Vaccination report Assam 1874-1896 - 1874-1896
Year: 1874
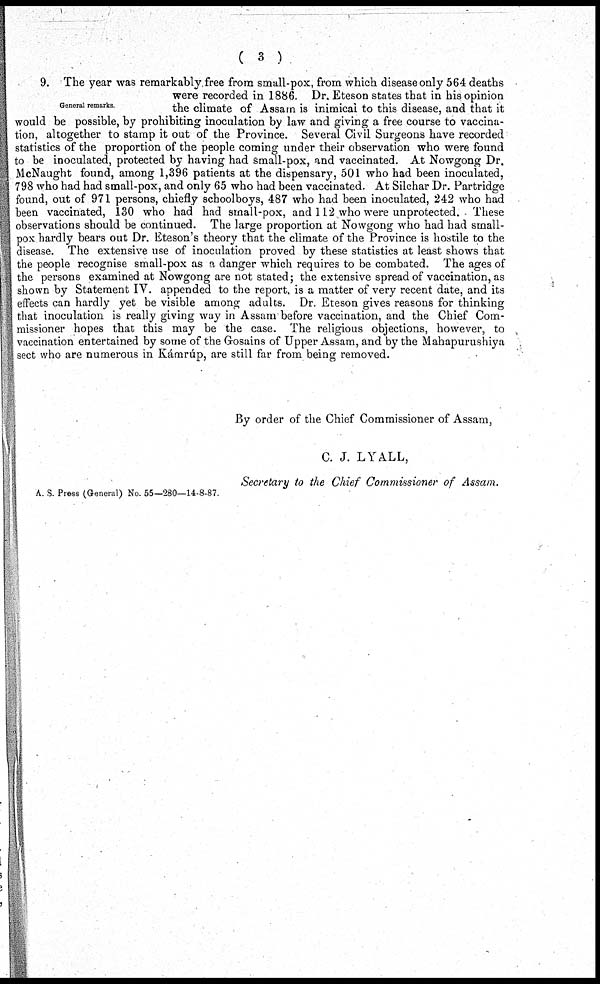
(3)
General remarks.
9. The year was remarkably free from small-pox, from which disease only 564 deaths
were recorded in 1886. Dr. Eteson states that in his opinion
the climate of Assam is inimical to this disease, and that it
would be possible, by prohibiting inoculation by law and giving a free course to vaccina-
tion, altogether to stamp it out of the Province. Several Civil Surgeons have recorded
statistics of the proportion of the people coming under their observation who were found
to be inoculated, protected by having had small-pox, and vaccinated. At Nowgong Dr.
McNaught found, among 1,396 patients at the dispensary, 501 who had been inoculated,
798 who had had small-pox, and only 65 who had been vaccinated. At Silchar Dr. Partridge
found, out of 971 persons, chiefly schoolboys, 487 who had been inoculated, 242 who had
been vaccinated, 130 who had had small-pox, and 112 who were unprotected. These
observations should be continued. The large proportion at Nowgong who had had small-
pox hardly bears out Dr. Eteson's theory that the climate of the Province is hostile to the
disease. The extensive use of inoculation proved by these statistics at least shows that
the people recognise small-pox as a danger which requires to be combated. The ages of
the persons examined at Nowgong are not stated; the extensive spread of vaccination, as
shown by Statement IV. appended to the report, is a matter of very recent date, and its
effects can hardly yet be visible among adults. Dr. Eteson gives reasons for thinking
that inoculation is really giving way in Assam before vaccination, and the Chief Com-
missioner hopes that this may be the case. The religious objections, however, to
vaccination entertained by some of the Gosains of Upper Assam, and by the Mahapurushiya
sect who are numerous in Kámrúp, are still far from being removed.
By order of the Chief Commissioner of Assam,
C. J. LYALL,
Secretary to the Chief Commissioner of Assam.
A. S. Press (General) No. 55—280—14-8-87